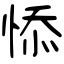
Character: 悿